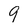
Character: 9